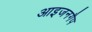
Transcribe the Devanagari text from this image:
आइजनगैप